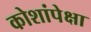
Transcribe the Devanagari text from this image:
कोशांपेक्षा